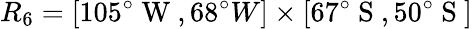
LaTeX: R_{6}=[105^{\circ}\mathrm{~W~},68^{\circ}{W}]\times[67^{\circ}\mathrm{~S~},50^{\circ}\mathrm{~S~}]